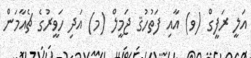
އަލީ ރަފީގް (ވ) އާއި ފަތުހުޤ ޖަމީލް (މ) އަދި ހަވީރުގެ ޗެއާމަން